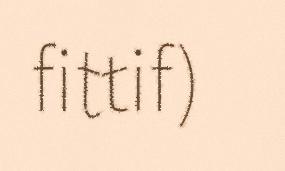
fittif)